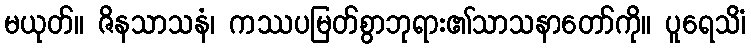
မယုတ်။ ဇိနသာသနံ၊ ကဿပမြတ်စွာဘုရား၏သာသနာတော်ကို။ ပူရေသိံ၊